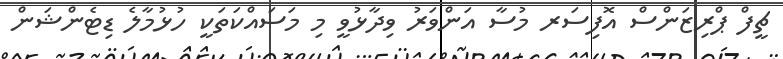
ޗީފް ޕްރިޒަންސް އޮފިސަރ މުސާ އަންވަރު ވިދާޅުވީ މި މަސައްކަތަކީ ހުޅުމާލެ ޑިޓެންޝަން